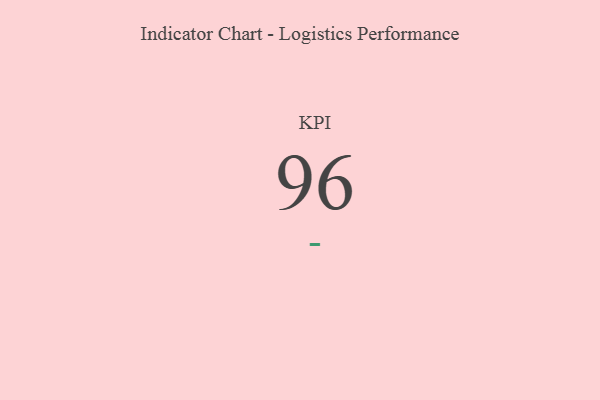
{"axis": {"x": "KPI", "y": "Value"}, "legend": [""], "data": [{"x": "KPI", "y": 96, "type": ""}]}